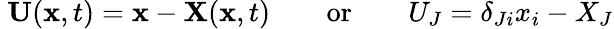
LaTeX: \ \mathbf{U}(\mathbf{x},t)=\mathbf{x}-\mathbf{X}(\mathbf{x},t)\qquad{\mathrm{or}}\qquad U_{J}=\delta_{Ji}x_{i}-X_{J}